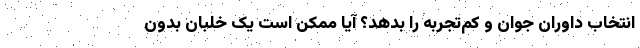
انتخاب داوران جوان و کم‌تجربه را بدهد؟ آیا ممکن است یک خلبان بدون